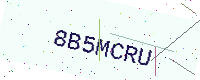
Text: 8B5MCRU